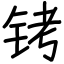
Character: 铐